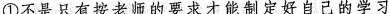
①不是只有按老师的要求才能制定好自己的学习